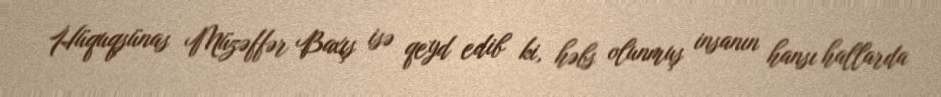
Hüquqşünas Müzəffər Baxış isə qeyd edib ki, həbs olunmuş insanın hansı hallarda